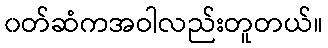
၀တ်ဆံကအဝါလည်းတူတယ်။